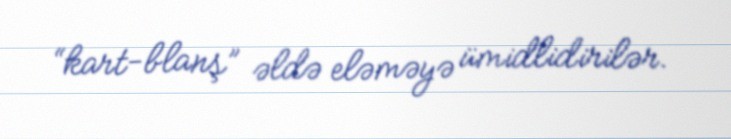
“kart-blanş” əldə eləməyə ümidlidirilər.